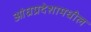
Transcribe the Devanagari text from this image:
आंध्रप्रदेशामधील